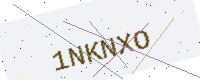
Text: 1NKNXO